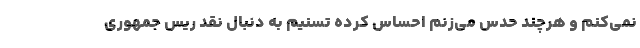
نمی‌کنم و هرچند حدس می‌زنم احساس کرده تسنیم به دنبال نقد ریس جمهوری